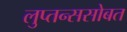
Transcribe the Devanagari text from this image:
लुप्तन्ससोबत